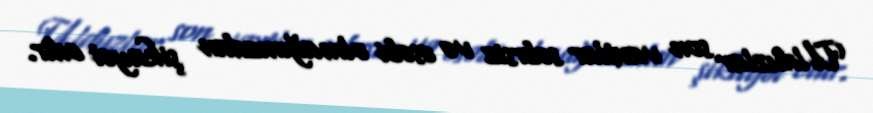
Ulduzlar son vaxtlar səbrsiz və əsəbi olmağınızdan şikayət edir.